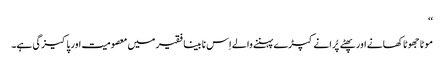
‘‘
موٹا جھوٹا کھانے اور پھٹے پُرانے کپڑے پہننے والے اِس نا بینا فقیر میں معصومیت اور پاکیزگی ہے۔